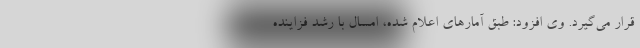
قرار می‌گیرد. وی افزود: طبق آمارهای اعلام شده، امسال با رشد فزاینده